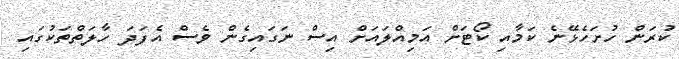
ކުރަން ހުށަހެޅޭނެ ކަމާއި ކޯޓަށް އަމިއްލައަށް އިސް ނަގައިގެން ވެސް އެފަދަ ހާލަތްތަކުގައި